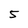
Character: 5